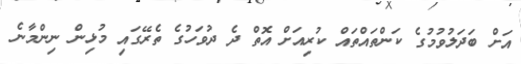
އަށް ބަދަލުވުމުގެ ކަންތައްތައް ކުރިއަށް އޮތް ދެ ދުވަހުގެ ތެރޭގައި މުޅިން ނިންމާނެ